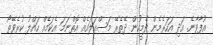
އުފާވާނެ. އަދި އަހަރެމެން ދެމީހުން ދޭތެރޭ މަސްއަލައެއް އޮތްނަމަ އެކަމެއް ހައްލު ކުރެވޭތޯ